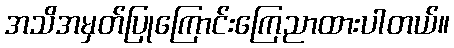
အသိအမှတ်ပြုကြောင်းကြေညာထားပါတယ်။